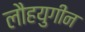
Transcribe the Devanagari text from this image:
लौहयुगीन